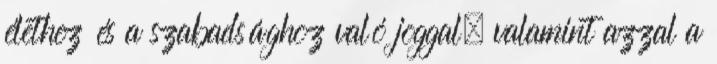
élethez és a szabadsághoz való joggal, valamint azzal a